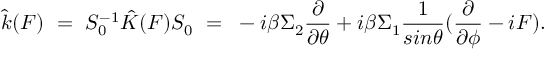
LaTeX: \hat { k } ( F ) ~ = ~ S _ { 0 } ^ { - 1 } \hat { K } ( F ) S _ { 0 } ~ = ~ - i \beta \Sigma _ { 2 } \frac { \partial } { \partial \theta } + i \beta \Sigma _ { 1 } \frac { 1 } { s i n \theta } ( \frac { \partial } { \partial \phi } - i F ) .